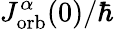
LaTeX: J_{\mathrm{orb}}^{\alpha}(0)/\hbar